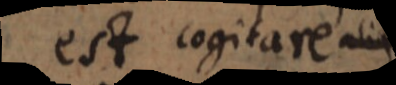
est cogitare ali